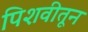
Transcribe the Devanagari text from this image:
पिशवीतून